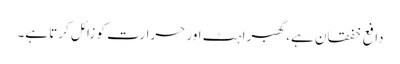
دافع خفقان ہے، گھبراہٹ اور حرارت کو زائل کرتا ہے۔